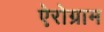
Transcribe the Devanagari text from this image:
ऐरोग्राम